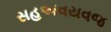
સહઅવયવજ